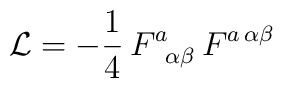
{\cal L} = - {1\over 4}\, F^a_{\,\ \alpha\beta}\, F^{a\,\alpha\beta}